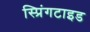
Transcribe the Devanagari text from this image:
स्प्रिंगटाइड